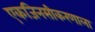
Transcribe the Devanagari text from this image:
एकजिनसीकरणाला